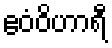
ဧဝံဝိဟာရီ